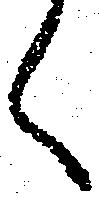
く